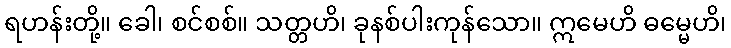
ရဟန်းတို့။ ခေါ၊ စင်စစ်။ သတ္တဟိ၊ ခုနစ်ပါးကုန်သော။ ဣမေဟိ ဓမ္မေဟိ၊